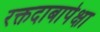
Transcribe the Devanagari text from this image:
रक्तदाबापेक्षा